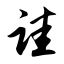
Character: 诖